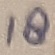
Text: 18